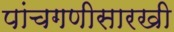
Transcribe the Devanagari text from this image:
पांचगणीसारखी